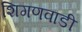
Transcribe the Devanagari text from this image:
शिगणवाडी